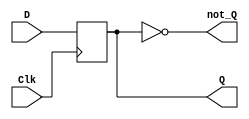
module negedge_Dflipflop (D, Clk, Q, not_Q);
input D, Clk;
output not_Q;
output reg Q;

assign not_Q = ~(Q);

always @ (negedge Clk) begin
	Q <= D;
end
endmodule